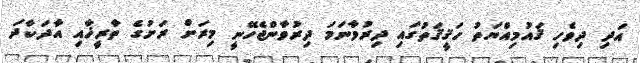
އަދި ދިވެހި ޤައުމިއްޔަތު ހަޤީޤަތުގައި ދިރުވާނަމަ ދިރުވާންޖެހޭނީ މިރަށް ރަށުގެ ތާރީޚާއި އާދަކާދަ